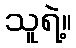
သူရဲ့။